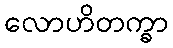
လောဟိတက္ခာ